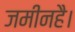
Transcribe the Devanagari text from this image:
जमीनहै।